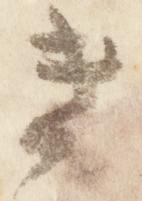
遺